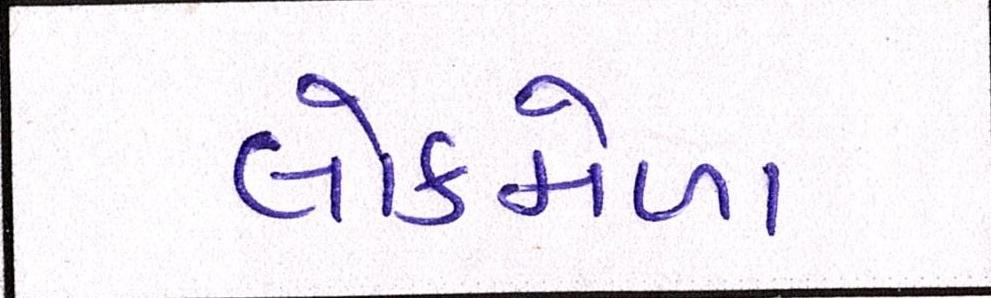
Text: લોકમેળા